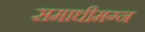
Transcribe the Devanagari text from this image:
समाधीमग्न